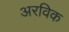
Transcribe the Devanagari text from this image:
अरविक